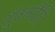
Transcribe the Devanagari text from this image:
शुंकगीति